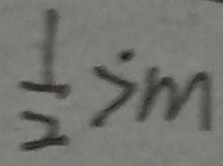
\frac { 1 } { 2 } > m